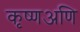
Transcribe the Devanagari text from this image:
कृष्णअणि